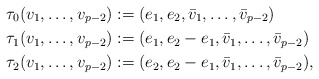
\begin{align*}\tau_{0}(v_{1}, \dots, v_{p-2}) &:= (e_{1}, e_{2}, \bar{v}_{1}, \dots, \bar{v}_{p-2}) \\\tau_{1}(v_{1}, \dots, v_{p-2}) &:= (e_{1}, e_{2} - e_{1}, \bar{v}_{1}, \dots, \bar{v}_{p-2}) \\\tau_{2}(v_{1}, \dots, v_{p-2}) &:= (e_{2}, e_{2} - e_{1}, \bar{v}_{1}, \dots, \bar{v}_{p-2}),\end{align*}